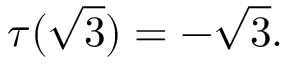
\tau ( { \sqrt { 3 } } ) = - { \sqrt { 3 } } .